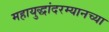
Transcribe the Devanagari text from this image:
महायुद्धांदरम्यानच्या